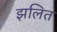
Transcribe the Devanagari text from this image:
झलित